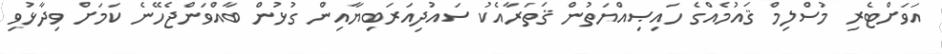
އަވަށްޓެރި މުސްލިމް ޤައުމެއްގެ ހައިޞިއްޔަތުން ޤަތަރާއެކު ސައުދިއަރަބިޔާއިން ގުޅުން ބާއްވަންޖެހޭނެ ކަމަށް ވިދާޅުވި